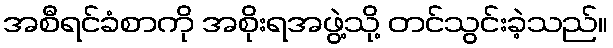
အစီရင်ခံစာကို အစိုးရအဖွဲ့သို့ တင်သွင်းခဲ့သည်။